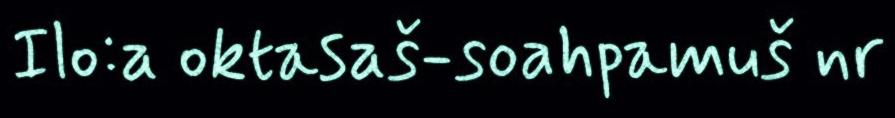
Ilo:a oktasaš-soahpamuš nr